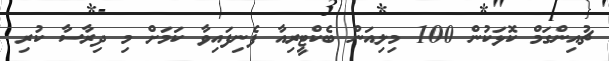
ޗުއިންގަމް ކޮޅަކުން 100 މިލިއަން ބެކްޓީރިއާ ފެނިފައިވާ ކަމަށް މި ދިރާސާ ކުރި